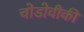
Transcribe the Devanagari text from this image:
चोडोवीकी